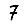
Digit: 7